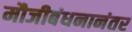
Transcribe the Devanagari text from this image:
मौजीबंधनानंतर